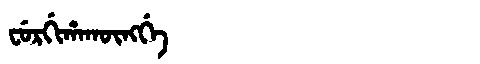
Manchu: ᠸᡠᡵᡤᡳᡥᠠᡴᡡᠩᡤᡝ
Romanization: FURGIHAKŪNGGE